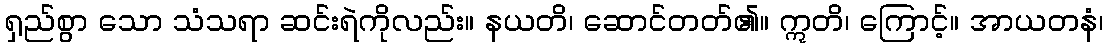
ရှည်စွာ သော သံသရာ ဆင်းရဲကိုလည်း။ နယတိ၊ ဆောင်တတ်၏။ ဣတိ၊ ကြောင့်။ အာယတနံ၊